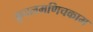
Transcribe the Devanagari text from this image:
कूदलमणिचकाम